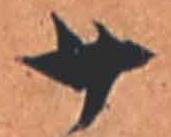
廿